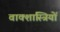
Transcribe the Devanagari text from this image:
वाक्शास्त्रियों